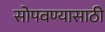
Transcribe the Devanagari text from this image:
सोपवण्यासाठी